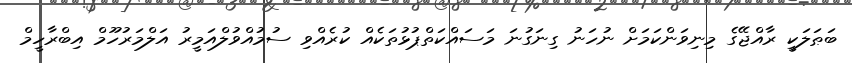
ބަޠަލަކީ ރާއްޖޭގެ މިނިވަންކަމަށް ނުހަނު ގިނަގުނަ މަސައްކަތްޕުޅުތަކެއް ކުރެއްވި ސުމުއްވުލްއަމީރު އަލްމަރުހޫމް އިބްރާހީމް